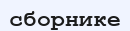
сборнике